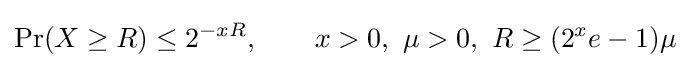
\Pr(X\geq R)\leq 2^{-xR},\qquad x>0,\ \mu >0,\ R\geq (2^{x}e-1)\mu